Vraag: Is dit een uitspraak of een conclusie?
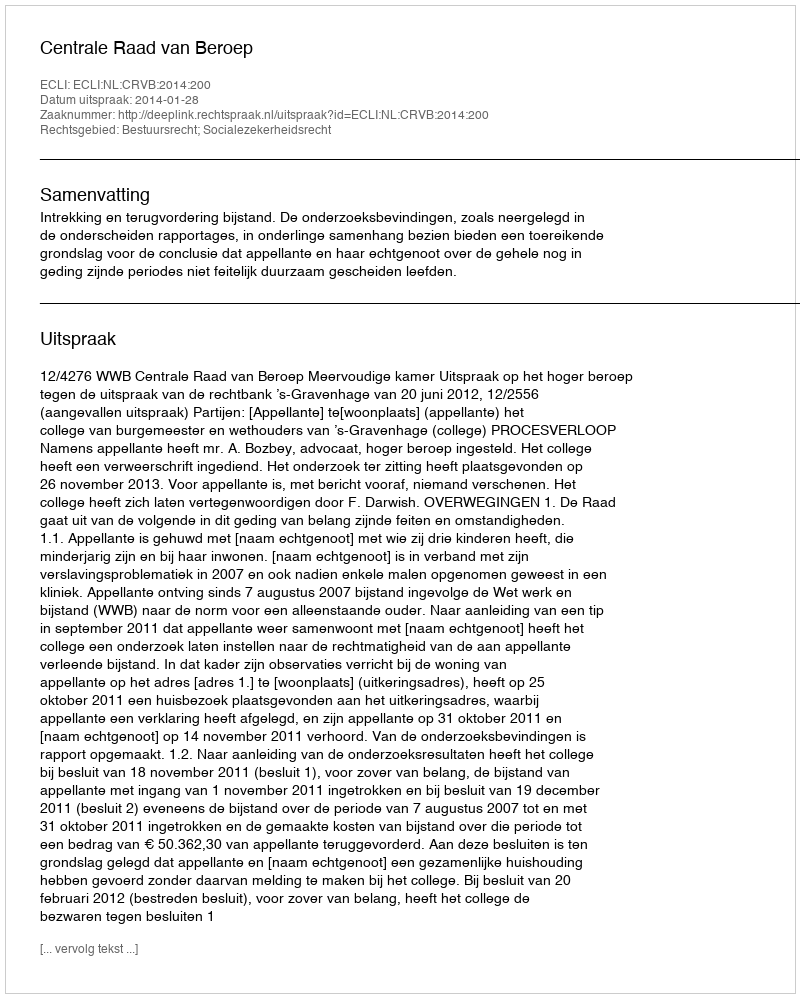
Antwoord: Uitspraak